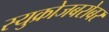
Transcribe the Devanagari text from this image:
स्युक्रोजबरोबर